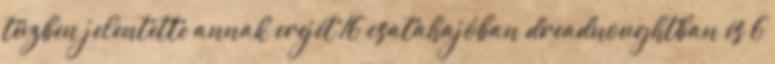
tűzben jelentette annak erejét 16 csatahajóban dreadnoughtban és 6